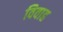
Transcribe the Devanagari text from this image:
विवाह